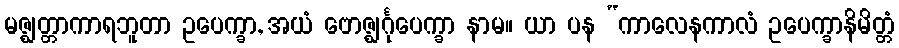
မဇ္ဈတ္တာကာရဘူတာ ဥပေက္ခာ, အယံ ဗောဇ္ဈင်္ဂုပေက္ခာ နာမ။ ယာ ပန “ကာလေနကာလံ ဥပေက္ခာနိမိတ္တံ